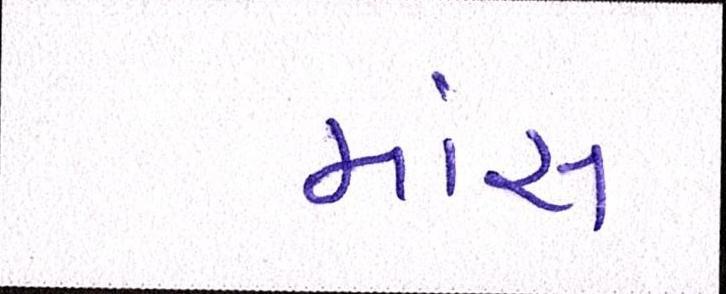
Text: માંસ